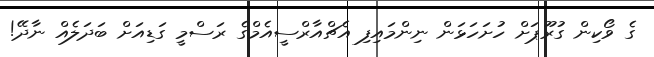
ގެ ވޯކިން ގުރޫޕަށް ހުށަހަޅަން ނިންމައިފި އެޗްއާރްސީއެމްގެ ރަސްމީ ގަޑިއަށް ބަދަލެއް ނާދޭ!